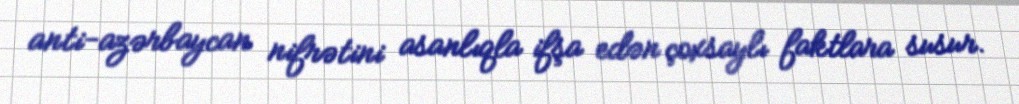
anti-azərbaycan nifrətini asanlıqla ifşa edən çoxsaylı faktlara susur.